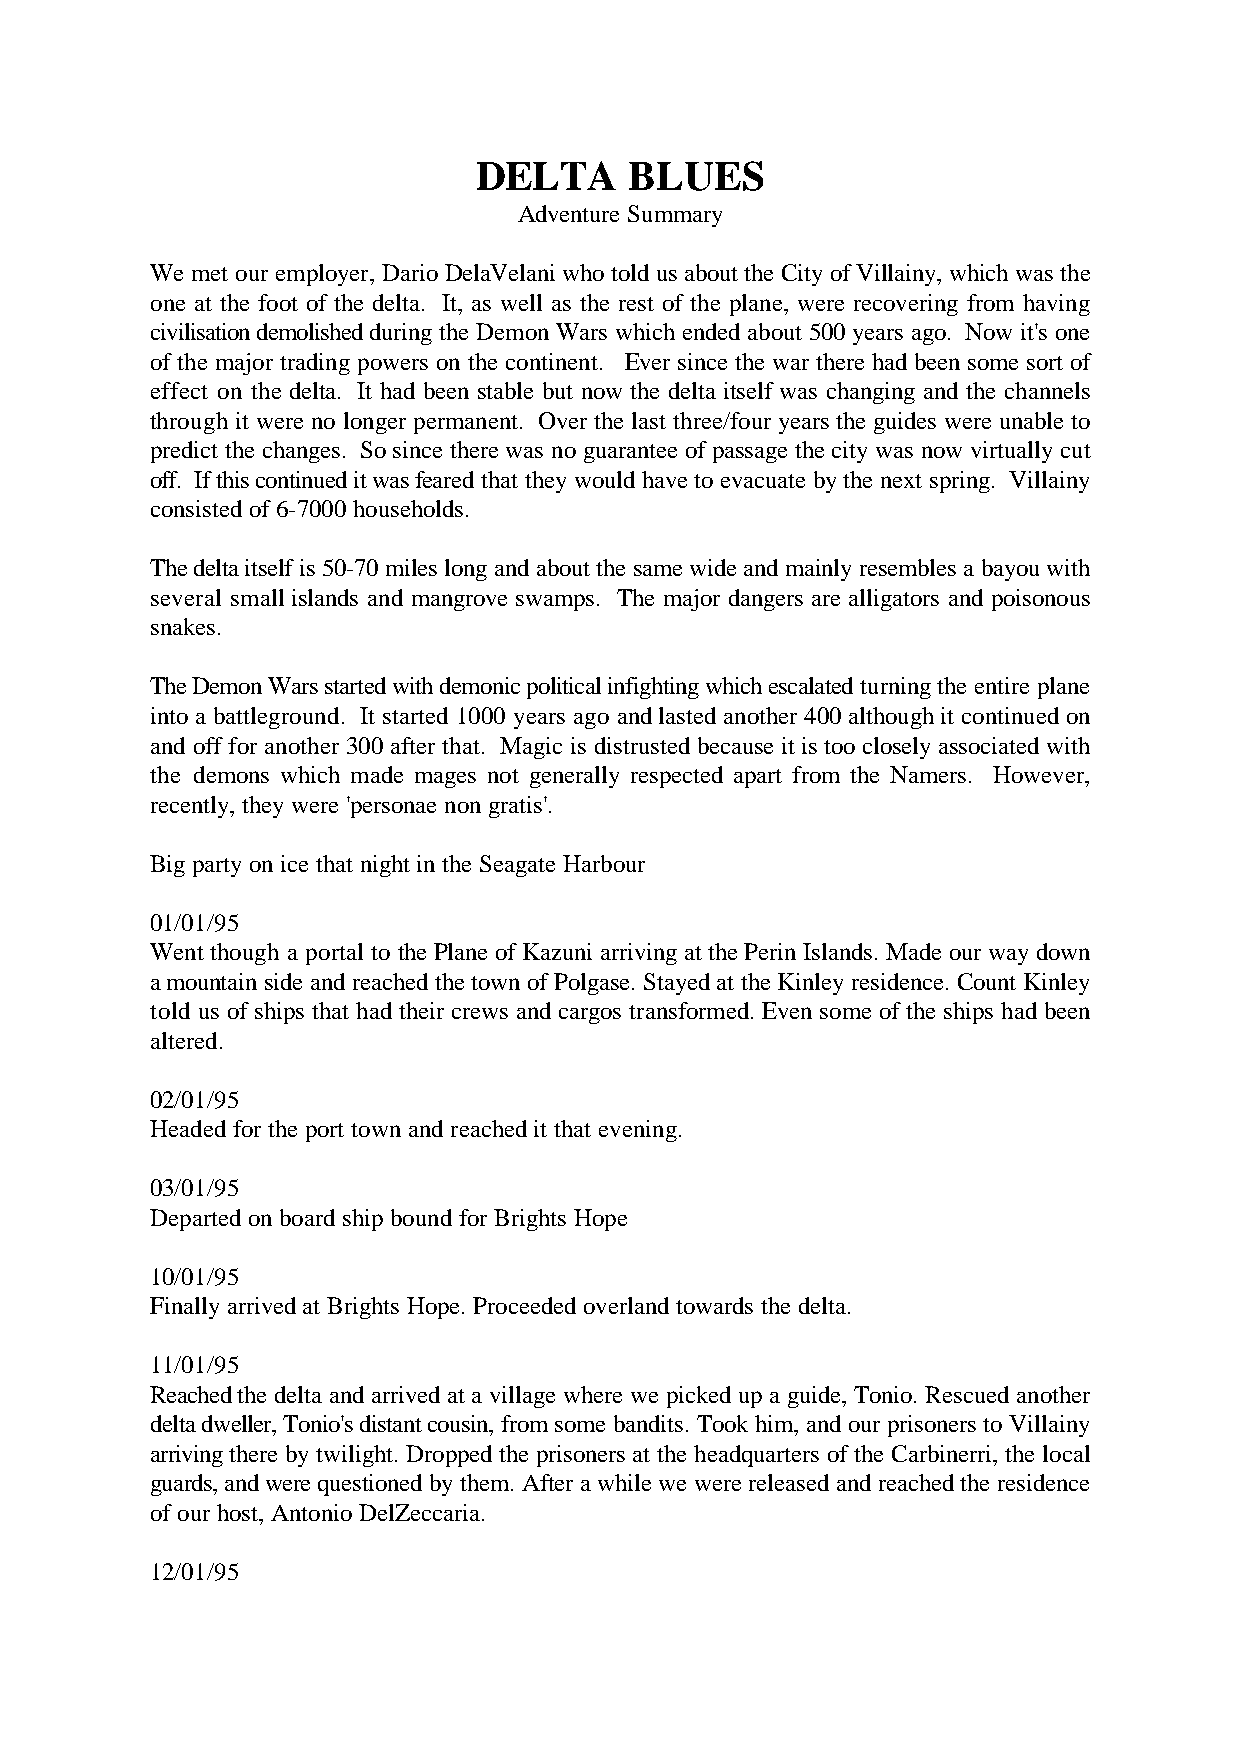
DELTA      BLUES
 Adventure Summary
 We met our employer, Dario DelaVelani who told us about the City of Villainy, which was the
 one at the foot of the delta. It, as well as the rest of the plane, were recovering from having
 civilisation demolished during the Demon Wars which ended about 500 years ago. Now it's one
 of the major trading powers on the continent. Ever since the war there had been some sort of
 effect on the delta. It had been stable but now the delta itself was changing and the channels
 through it were no longer permanent. Over the last three/four years the guides were unable to
 predict the changes. So since there was no guarantee of passage the city was now virtually cut
 off. If this continued it was feared that they would have to evacuate by the next spring. Villainy
 consisted of 6-7000 households.
 The delta itself is 50-70 miles long and about the same wide and mainly resembles a bayou with
 several small islands and mangrove swamps. The major dangers are alligators and poisonous
 snakes.
 The Demon Wars started with demonic political infighting which escalated turning the entire plane
 into a battleground. It started 1000 years ago and lasted another 400 although it continued on
 and off for another 300 after that. Magic is distrusted because it is too closely associated with
 the demons which made mages not generally respected apart from the Namers. However,
 recently, they were 'personae non gratis'.
 Big party on ice that night in the Seagate Harbour
 01/01/95
 Went though a portal to the Plane of Kazuni arriving at the Perin Islands. Made our way down
 a mountain side and reached the town of Polgase. Stayed at the Kinley residence. Count Kinley
 told us of ships that had their crews and cargos transformed. Even some of the ships had been
 altered.
 02/01/95
 Headed for the port town and reached it that evening.
 03/01/95
 Departed on board ship bound for Brights Hope
 10/01/95
 Finally arrived at Brights Hope. Proceeded overland towards the delta.
 11/01/95
 Reached the delta and arrived at a village where we picked up a guide, Tonio. Rescued another
 delta dweller, Tonio's distant cousin, from some bandits. Took him, and our prisoners to Villainy
 arriving there by twilight. Dropped the prisoners at the headquarters of the Carbinerri, the local
 guards, and were questioned by them. After a while we were released and reached the residence
 of our host, Antonio DelZeccaria.
 12/01/95